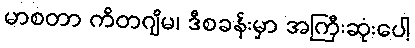
မာစတာ ကိတဂျိမ၊ ဒီစခန်းမှာ အကြီးဆုံးပေါ့